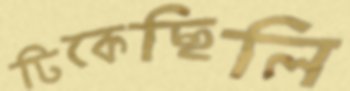
টিকেছিলি